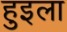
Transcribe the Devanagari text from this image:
हुइला